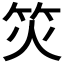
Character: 𬔲